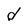
Character: d